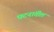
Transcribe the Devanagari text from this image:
घटनांतील